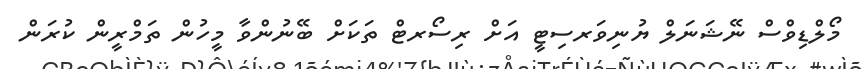
މޯލްޑިވްސް ނޭޝަނަލް ޔުނިވަރސިޓީ އަށް ރިސޯރޓް ތަކަށް ބޭނުންވާ މީހުން ތަމްރީން ކުރަން